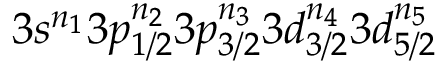
3 s ^ { n _ { 1 } } 3 p _ { 1 / 2 } ^ { n _ { 2 } } 3 p _ { 3 / 2 } ^ { n _ { 3 } } 3 d _ { 3 / 2 } ^ { n _ { 4 } } 3 d _ { 5 / 2 } ^ { n _ { 5 } }